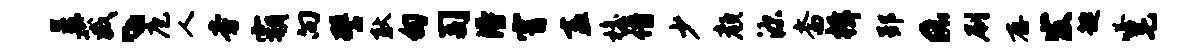
呈葳丶庖人旁霸向譬耿甸司得霄盍檐借少颜源斋楫郢a刷存发趣嗒毛